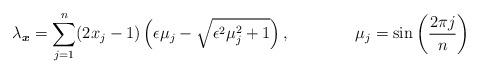
LaTeX: \begin{align*}\lambda_{\boldsymbol{x}}=\sum_{j=1}^n(2x_j-1)\left(\epsilon\mu_j-\sqrt{\epsilon^2\mu_j^2+1}\right),\qquad\qquad\mu_j=\sin\left(\frac{2\pi j}{n}\right)\end{align*}